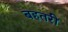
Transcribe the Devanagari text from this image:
बहतरी